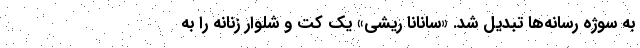
به سوژه رسانه‌ها تبدیل شد. «سانانا ریشی» یک کت و شلوار زنانه را به